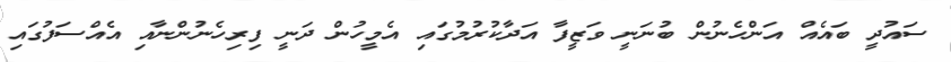
ސައުދީ ބައެއް އަންހެނުން ބުނަނީ ވަޒީފާ އަދާކުރުމުގައި އެމީހުން ދަނީ ފިރިހެނުންނާއި އެއްސަފުގައި